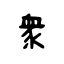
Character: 衆